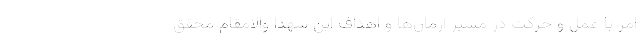
امر با عمل و حرکت در مسیر آرمان‌ها و اهداف این شهدا والامقام محقق